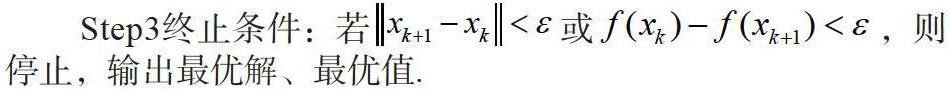
Step3终止条件：若$\|x_{k+1}-x_{k}\|< \varepsilon$或$f(x_{k})-f(x_{k+1})< \varepsilon$，则停止，输出最优解、最优值.